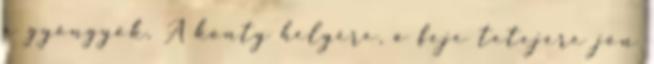
a gyöngyök. A konty helyére, a feje tetejére jön